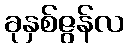
ခုနှစ်ဇွန်လ